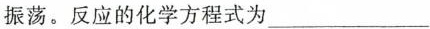
振荡。反应的化学方程式为___